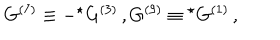
G ^ { ( 7 ) } \equiv - { } ^ { \star } G ^ { ( 3 ) } \, , G ^ { ( 9 ) } \equiv { } ^ { \star } G ^ { ( 1 ) } \, ,